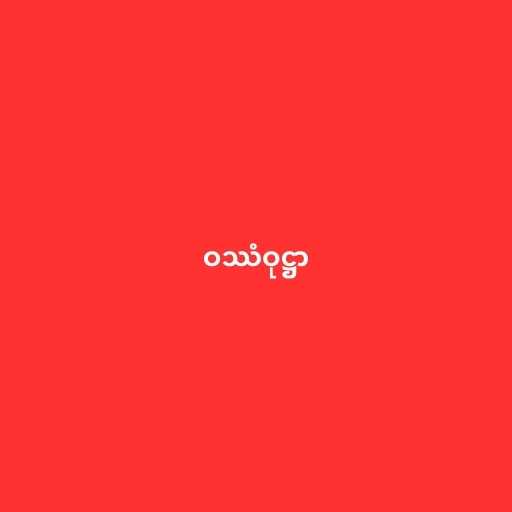
ဝဿံဝုဋ္ဌာ